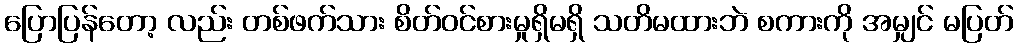
ပြောပြန်တော့ လည်း တစ်ဖက်သား စိတ်ဝင်စားမှုရှိမရှိ သတိမထားဘဲ စကားကို အမျှင် မပြတ်